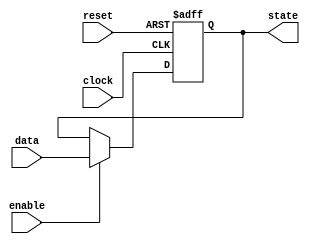
module flip_flop (
    input data,
    input clock,
    input reset,
    input enable,
    output reg state
);

always @(posedge clock or posedge reset) begin
    if (reset) begin
        state <= 1'b0; // Reset the state to 0
    end else begin
        if (enable) begin
            state <= data; // Capture the data input on rising clock edge when enable signal is high
        end
    end
end

endmodule